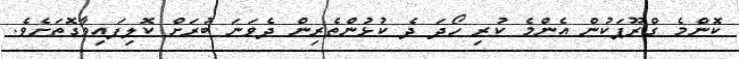
ކޮންމެ ގްރޫޕަކުން އެންމެ ކުރި ހޯދަ ދެ ކުޅުންތެރިން ދެވަނަ ބުރަށް ކޮލިފައިވާގޮތަށެވެ.